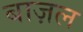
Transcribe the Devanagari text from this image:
बाज़ल